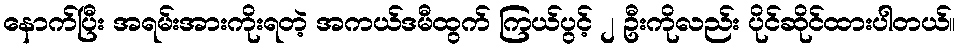
နောက်ပြီး အရမ်းအားကိုးရတဲ့ အကယ်ဒမီထွက် ကြယ်ပွင့် ၂ ဦးကိုလည်း ပိုင်ဆိုင်ထားပါတယ်။